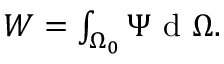
\begin{array} { r } { W = \int _ { \Omega _ { 0 } } \Psi \mathrm { ~ d ~ } \Omega . } \end{array}